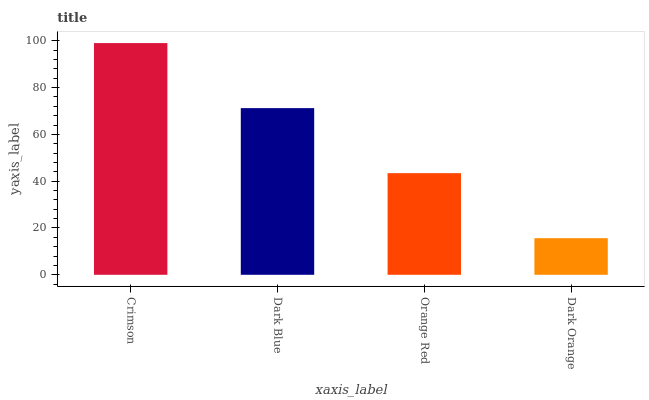
| xaxis_label | bars |
 | --- | --- |
 | Crimson | 99 |
 | Dark Blue | 71.2 |
 | Orange Red | 43.4 |
 | Dark Orange | 15.6 |